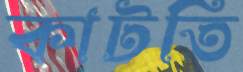
কাটতি